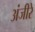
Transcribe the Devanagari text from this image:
अंजीरे